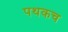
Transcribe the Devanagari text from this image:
पथकच